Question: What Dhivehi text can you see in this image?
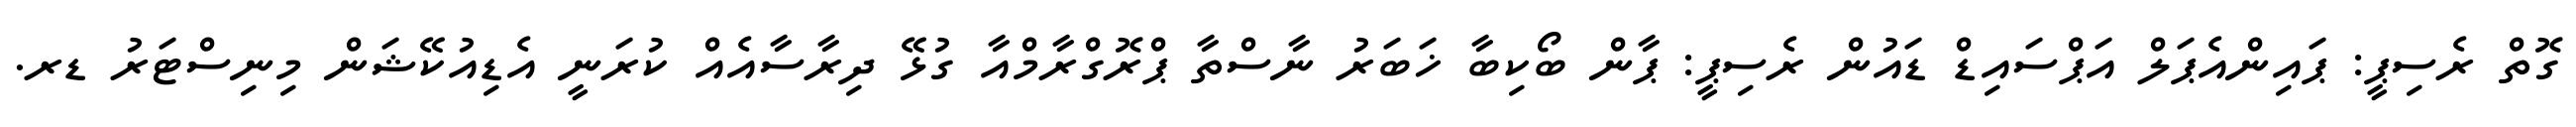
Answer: ގޮތް ރެސިޕީ: ޕައިންއެޕަލް އަޕްސައިޑް ޑައުން ރެސިޕީ: ޕާން ބޯކިބާ ޚަބަރު ނާސްތާ ޕްރޮގްރާމްއާ ގުޅޭ ދިރާސާއެއް ކުރަނީ އެޑިއުކޭޝަން މިނިސްޓަރު ޑރ.